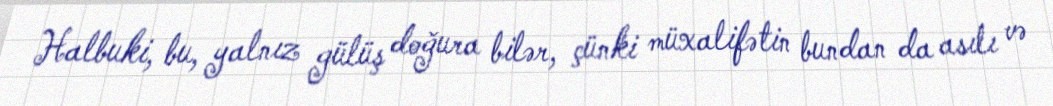
Halbuki, bu, yalnız gülüş doğura bilər, çünki müxalifətin bundan da asılı və